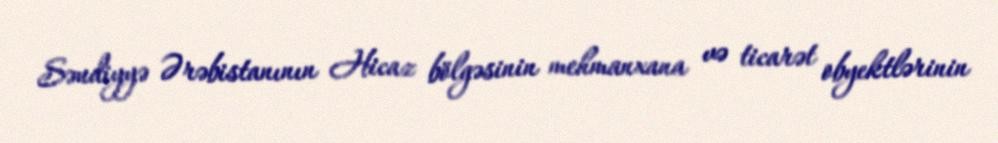
Səudiyyə Ərəbistanının Hicaz bölgəsinin mehmanxana və ticarət obyektlərinin